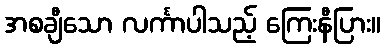
အစချီသော လင်္ကာပါသည့် ကြေးနီပြား။